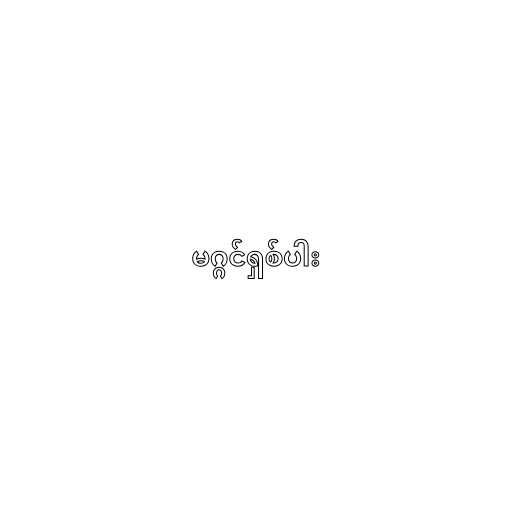
မဂ္ဂင်ရှစ်ပါး